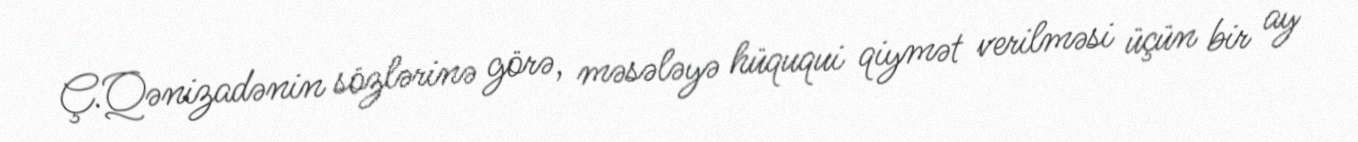
Ç.Qənizadənin sözlərinə görə, məsələyə hüququi qiymət verilməsi üçün bir ay